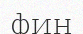
фин